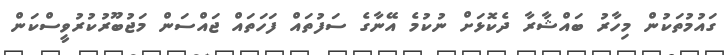
ގައުމުތަކުން މިހާރު ބައްޝާރާ ދެކޮޅަށް ނުކުމެ އޭނާގެ ސަފުތައް ފަހަތައް ޖައްސަން މަޖުބޫރުކުރުވީސްކަން